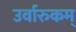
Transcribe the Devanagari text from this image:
उर्वारुकम्